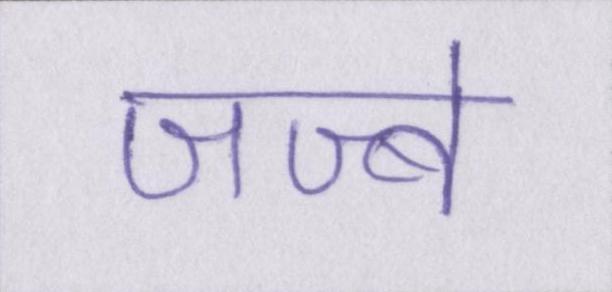
जज्बे